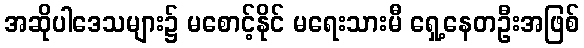
အဆိုပါဒေသများ၌ မစောင့်နိုင် မရေးသားမီ ရှေ့နေတဦးအဖြစ်